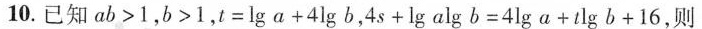
10.已知 $$a b > 1$$，$$b > 1$$,$$t = \lg { a } + 4 \times \lg { b }$$，$$4 \times s + \lg { a } \times \lg { b } = 4 \times \lg { a } + t \times \lg { b } + 1 6$$，则